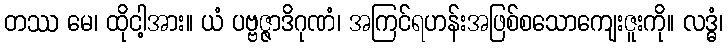
တဿ မေ၊ ထိုငါ့အား။ ယံ ပဗ္ဗဇ္ဇာဒိဂုဏံ၊ အကြင်ရဟန်းအဖြစ်စသောကျေးဇူးကို။ လဒ္ဓံ၊